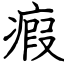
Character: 瘕